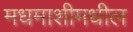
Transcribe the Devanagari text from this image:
मधमाशीमधील